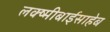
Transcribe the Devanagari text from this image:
लक्ष्मीबाईसाहेब